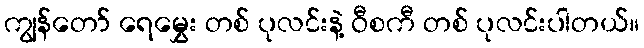
ကျွန်တော် ရေမွှေး တစ် ပုလင်းနဲ့ ဝီစကီ တစ် ပုလင်းပါတယ်။